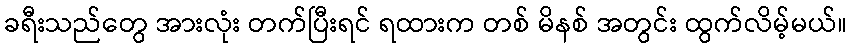
ခရီးသည်တွေ အားလုံး တက်ပြီးရင် ရထားက တစ် မိနစ် အတွင်း ထွက်လိမ့်မယ်။